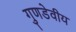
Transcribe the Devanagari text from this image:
गुणडेवीय